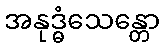
အနုဒ္ဓံသေန္တော